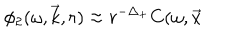
\phi _ { 2 } ( \omega , \vec { k } , r ) \approx r ^ { - \Delta _ { + } } C ( \omega , \vec { x }